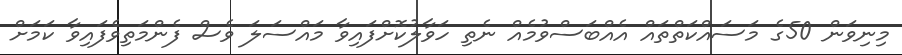
މިނިވަން 50ގެ މަސައްކަތްތައް އެއްބަސްވުމެއް ނެތި ހަވާލުކޮށްފައިވާ މައްސަލަ ވެސް ފެންމަތިވެފައިވާ ކަމަށް